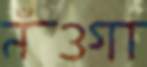
নঁওগা